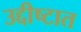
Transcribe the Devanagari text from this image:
उद्दीष्टात